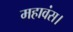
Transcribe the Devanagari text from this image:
महावंस।